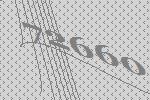
72660